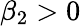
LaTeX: \beta_{2}>0